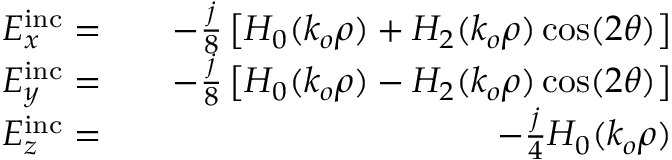
\begin{array} { r l r } { E _ { x } ^ { \mathrm { i n c } } = } & { } & { - \frac { j } { 8 } \left[ H _ { 0 } ( k _ { o } \rho ) + H _ { 2 } ( k _ { o } \rho ) \cos ( 2 \theta ) \right] } \\ { E _ { y } ^ { \mathrm { i n c } } = } & { } & { - \frac { j } { 8 } \left[ H _ { 0 } ( k _ { o } \rho ) - H _ { 2 } ( k _ { o } \rho ) \cos ( 2 \theta ) \right] } \\ { E _ { z } ^ { \mathrm { i n c } } = } & { } & { - \frac { j } { 4 } H _ { 0 } ( k _ { o } \rho ) } \end{array}